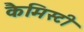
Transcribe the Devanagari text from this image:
कैमिस्टी